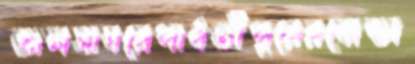
জলসাঘরেপার্বতীপুরেরবোল্ডা